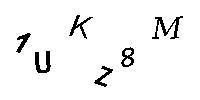
1UKZ8M